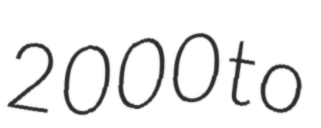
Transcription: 2000 to